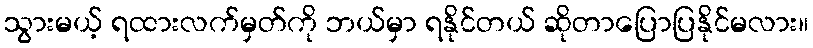
သွားမယ့် ရထားလက်မှတ်ကို ဘယ်မှာ ရနိုင်တယ် ဆိုတာပြောပြနိုင်မလား။